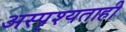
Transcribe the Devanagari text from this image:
अस्पृश्यताही